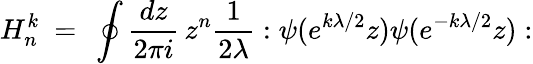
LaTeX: H_{n}^{k}\ =\ \oint{\frac{dz}{2\pi i}}\, z^{n}{\frac{1}{2\lambda}}:\psi(e^{k\lambda/2}z)\psi(e^{-k\lambda/2}z):